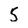
Character: 5